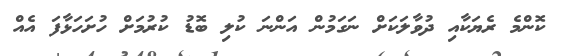
ކޮންމެ ރެޔަަކާއި ދުވާލަކަށް ނަގަމުން އަންނަ ކުލި ބޮޑު ކުރުމަށް ހުށަހަޅާފަ އެއް